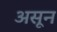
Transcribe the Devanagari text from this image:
असून